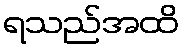
ရသည်အထိ